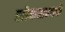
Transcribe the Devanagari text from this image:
लोकसम्पर्क